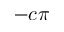
- c \pi